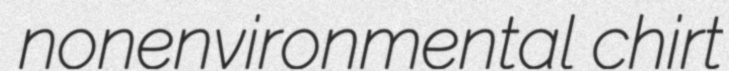
nonenvironmental chirt